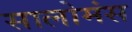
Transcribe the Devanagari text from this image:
सालोमंस